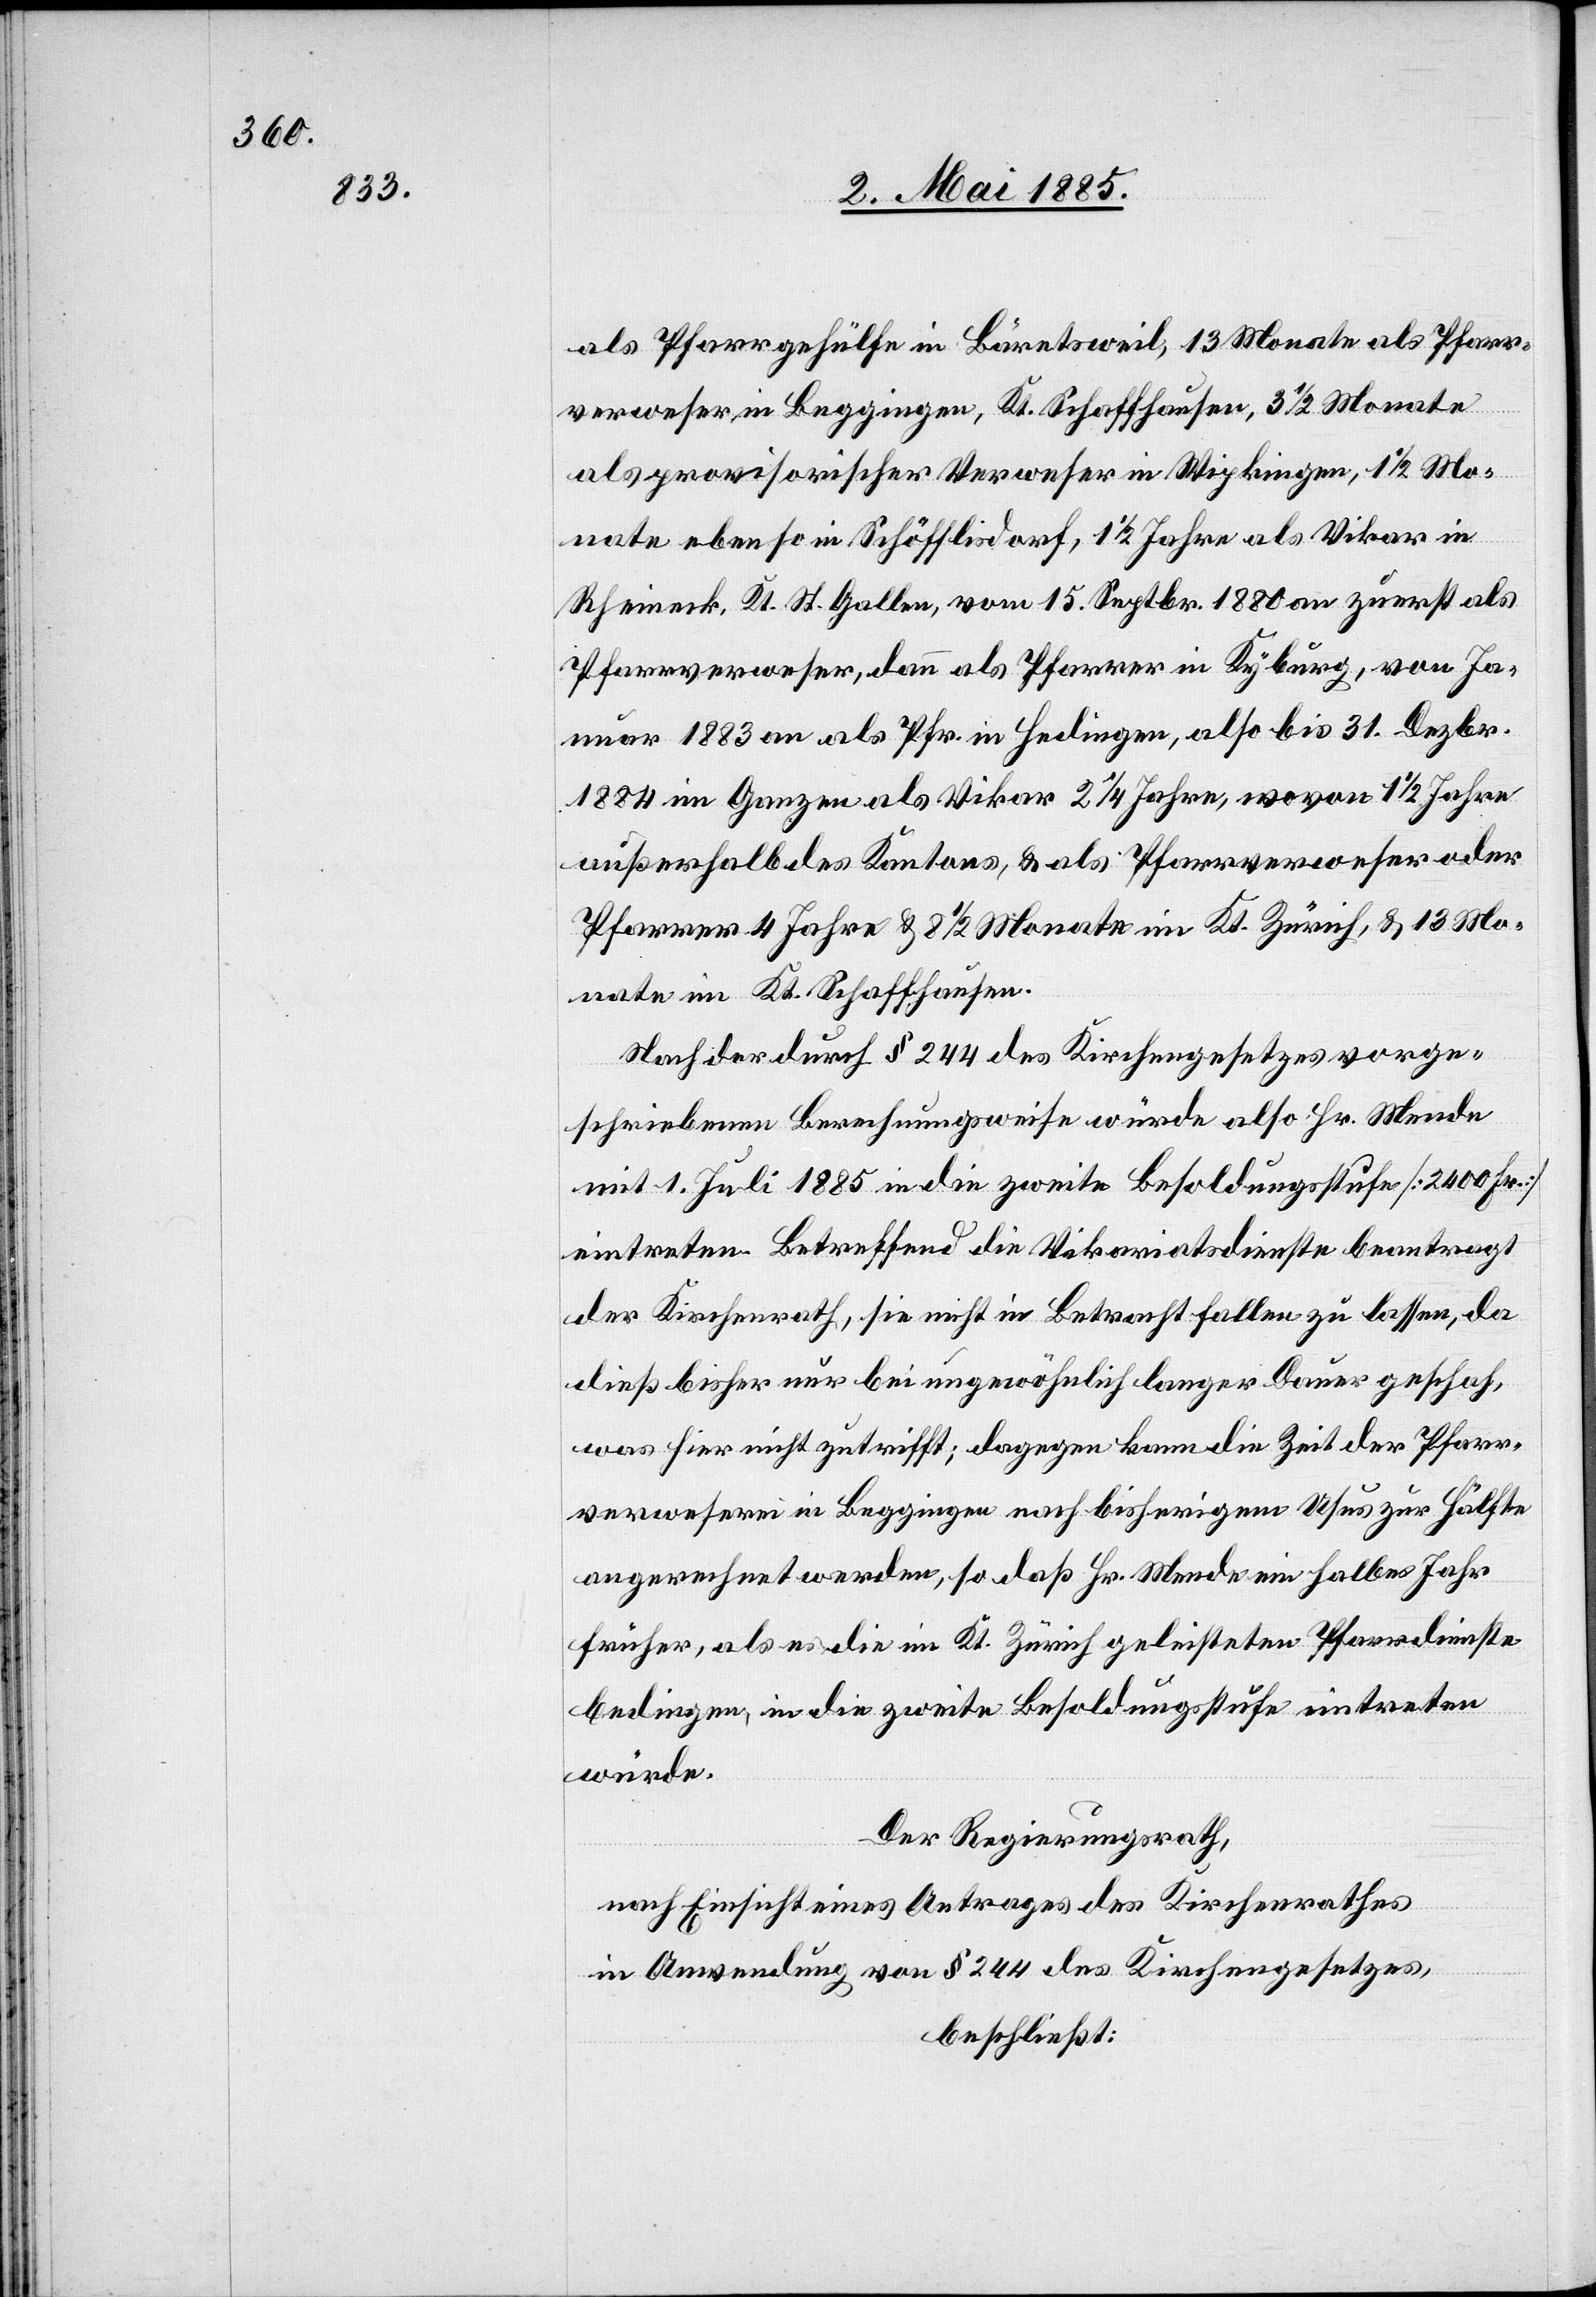
Pfarrgehülfe in Bäretsweil, 13 Monate als Pfarr¬
verweser in Beggingen, Kt. Schaffhausen, 3 1/2 Monate
als provisorischer Verweser in Wipkingen, 1 1/2 Mo¬
nate ebenso in Schöffisdorf, 1 1/2 Jahre als Vikar in
Rheineck, Kt. St. Gallen, vom 15. Septbr. 1880 an zuerst als
Pfarrverweser, dann als Pfarrer in Kyburg, von Ja¬
nuar 1883 an als Pfr. in Hedingen, also bis 31. Dezbr.
1884 im Ganzen als Vikar 2 1/4 Jahre, wovon 1 1/2 Jahre
außerhalb des Kantons, & als Pfarrverweser oder
Pfarrer 4 Jahre & 8 1/2 Monate im Kt. Zürich, & 13 Mo¬
nate im Kt. Schaffhausen.
Nach der durch § 244 des Kirchengesetzes vorge¬
schriebenen Berechnungsweise würde also Hr. Mende
mit 1. Juli 1885 in die zweite Besoldungsstufe [2400 Fr.]
eintreten. Betreffend die Vikariatsdienste beantragt
der Kirchenrath, sie nicht in Betracht fallen zu lassen, da
dieß bisher nur bei ungewöhnlich langer Dauer geschah,
was hier nicht zutrifft; dagegen kann die Zeit der Pfarr¬
verweserei in Beggingen nach bisherigem Usus zur Hälfte
angerechnet werden, so daß Hr. Mende ein halbes Jahr
früher, als es die im Kt. Zürich geleisteten Pfarrdienste
bedingen, in die zweite Besoldungsstufe eintreten
würde.
Der Regierungsrath,
nach Einsicht eines Antrages des Kirchenrathes
in Anwendung von § 244 des Kirchengesetzes,
beschließt: